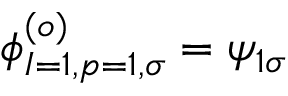
\phi _ { I = 1 , p = 1 , \sigma } ^ { ( o ) } = \psi _ { 1 \sigma }